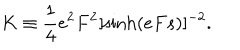
LaTeX: K \equiv \frac { 1 } { 4 } e ^ { 2 } F ^ { 2 } [ \sinh ( e F s ) ] ^ { - 2 } .